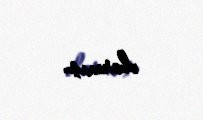
olarmış.